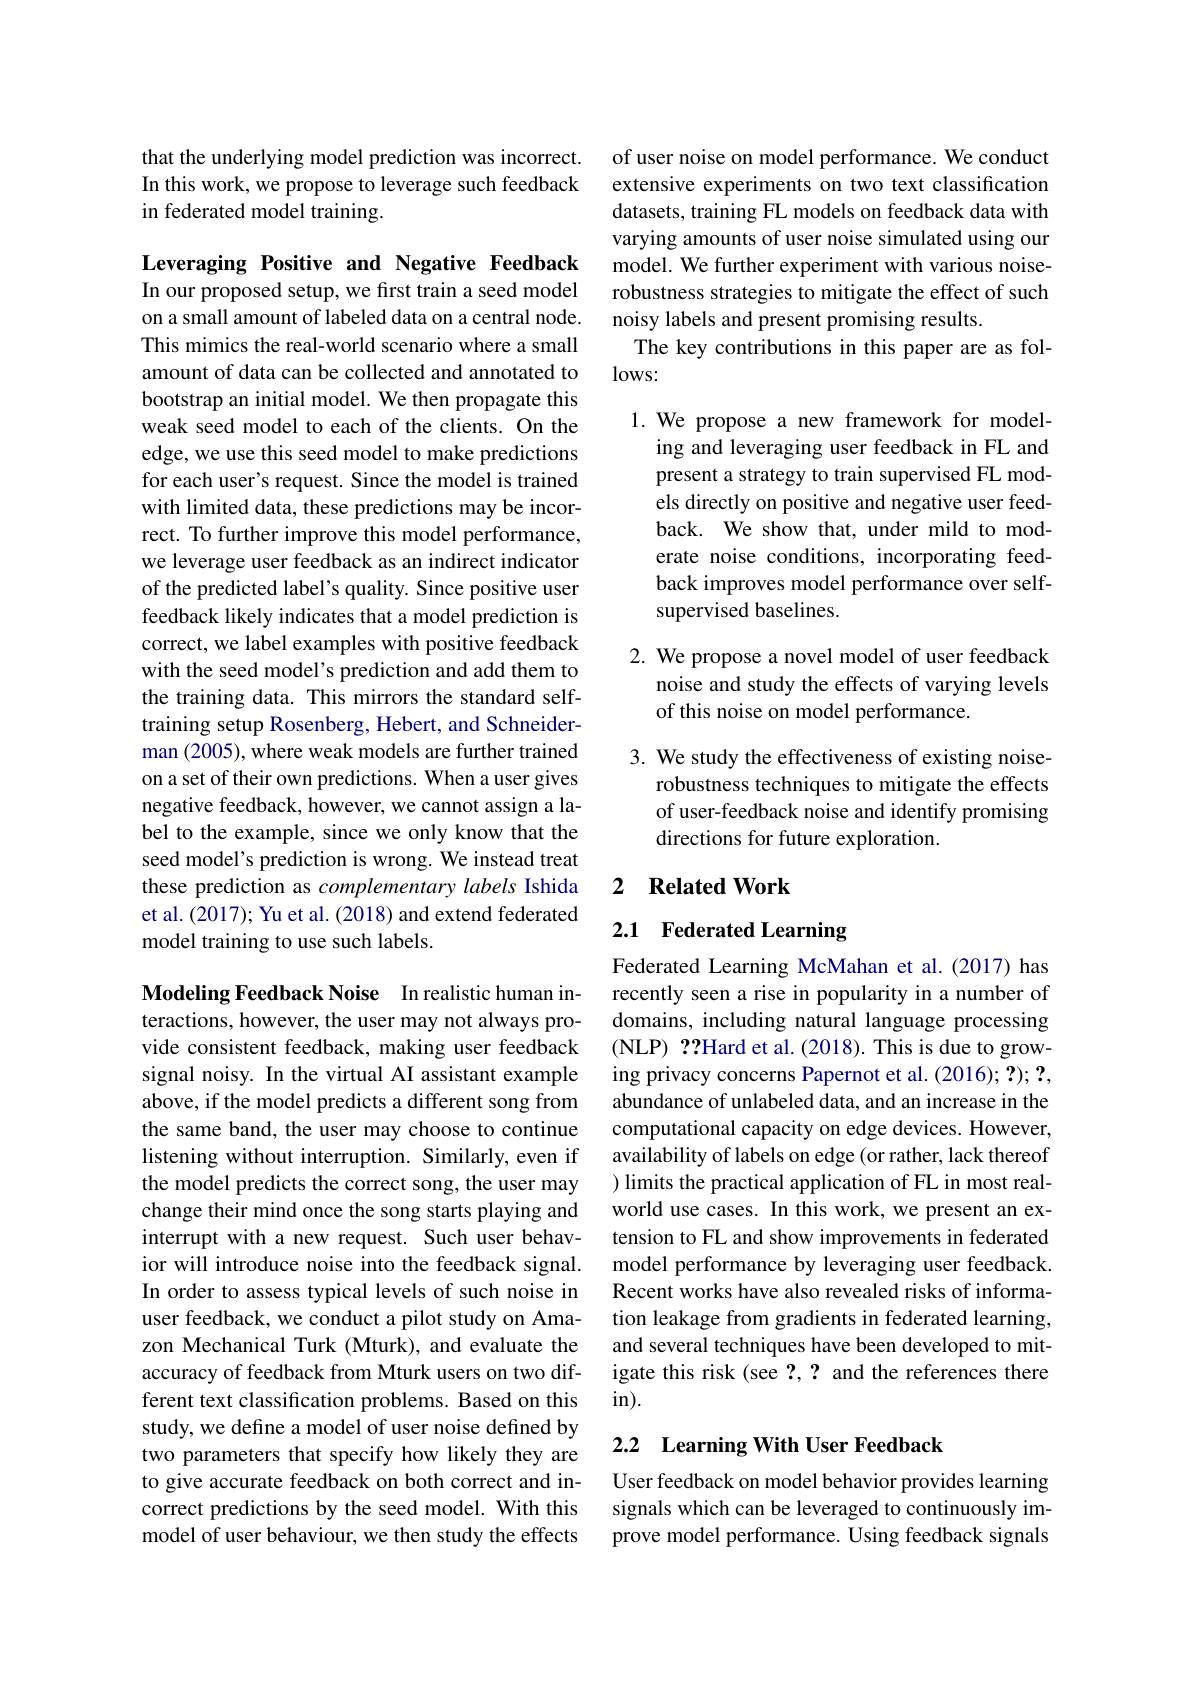
that the underlying model prediction was incorrect. In this work, we propose to leverage such feedback in federated model training.

Leveraging Positive and Negative Feedback In our proposed setup, we first train a seed model on a small amount of labeled data on a central node. This mimics the real-world scenario where a small amount of data can be collected and annotated to bootstrap an initial model. We then propagate this weak seed model to each of the clients. On the edge, we use this seed model to make predictions for each user's request. Since the model is trained with limited data, these predictions may be incorrect. To further improve this model performance, we leverage user feedback as an indirect indicator of the predicted label's quality. Since positive user feedback likely indicates that a model prediction is correct, we label examples with positive feedback with the seed model's prediction and add them to the training data. This mirrors the standard selftraining setup Rosenberg, Hebert, and Schneiderman (2005), where weak models are further trained on a set of their own predictions. When a user gives negative feedback, however, we cannot assign a label to the example, since we only know that the seed model's prediction is wrong. We instead treat these prediction as complementary labels Ishida et al. (2017); Yu et al. (2018) and extend federated model training to use such labels.

Modeling Feedback Noise In realistic human interactions, however, the user may not always provide consistent feedback, making user feedback signal noisy. In the virtual AI assistant example above, if the model predicts a different song from the same band, the user may choose to continue listening without interruption. Similarly, even if the model predicts the correct song, the user may change their mind once the song starts playing and interrupt with a new request. Such user behavior will introduce noise into the feedback signal. In order to assess typical levels of such noise in user feedback, we conduct a pilot study on Amazon Mechanical Turk (Mturk), and evaluate the accuracy of feedback from Mturk users on two different text classification problems. Based on this study, we define a model of user noise defined by two parameters that specify how likely they are to give accurate feedback on both correct and incorrect predictions by the seed model. With this model of user behaviour, we then study the effects

of user noise on model performance. We conduct extensive experiments on two text classification datasets, training FL models on feedback data with varying amounts of user noise simulated using our model. We further experiment with various noiserobustness strategies to mitigate the effect of such noisy labels and present promising results.
The key contributions in this paper are as fol-
$lows:$

1. We propose a new framework for model-
ing and leveraging user feedback in FL and present a strategy to train supervised FL models directly on positive and negative user feedback. We show that, under mild to moderate noise conditions, incorporating feedback improves model performance over selfsupervised baselines.

2. We propose a novel model of user feedback
noise and study the effects of varying levels
of this noise on model performance.

3. We study the effectiveness of existing noise-
robustness techniques to mitigate the effects of user-feedback noise and identify promising directions for future exploration.

### 2 $\textbf{Related Work}$

# 2.1 Federated Learning

Federated Learning McMahan et al.(2017) has recently seen a rise in popularity in a number of domains, including natural language processing (NLP) ??Hard et al. (2018). This is due to growing privacy concerns Papernot et al. (2016); ?); ?, abundance of unlabeled data, and an increase in the computational capacity on edge devices. However, availability of labels on edge (or rather, lack thereof ) limits the practical application of FL in most realworld use cases. In this work, we present an extension to FL and show improvements in federated model performance by leveraging user feedback. Recent works have also revealed risks of information leakage from gradients in federated learning, and several techniques have been developed to mitigate this risk (see ?, ? and the references there in).

## 2.2 Learning With User Feedback

User feedback on model behavior provides learning signals which can be leveraged to continuously improve model performance. Using feedback signals